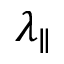
\lambda _ { \parallel }